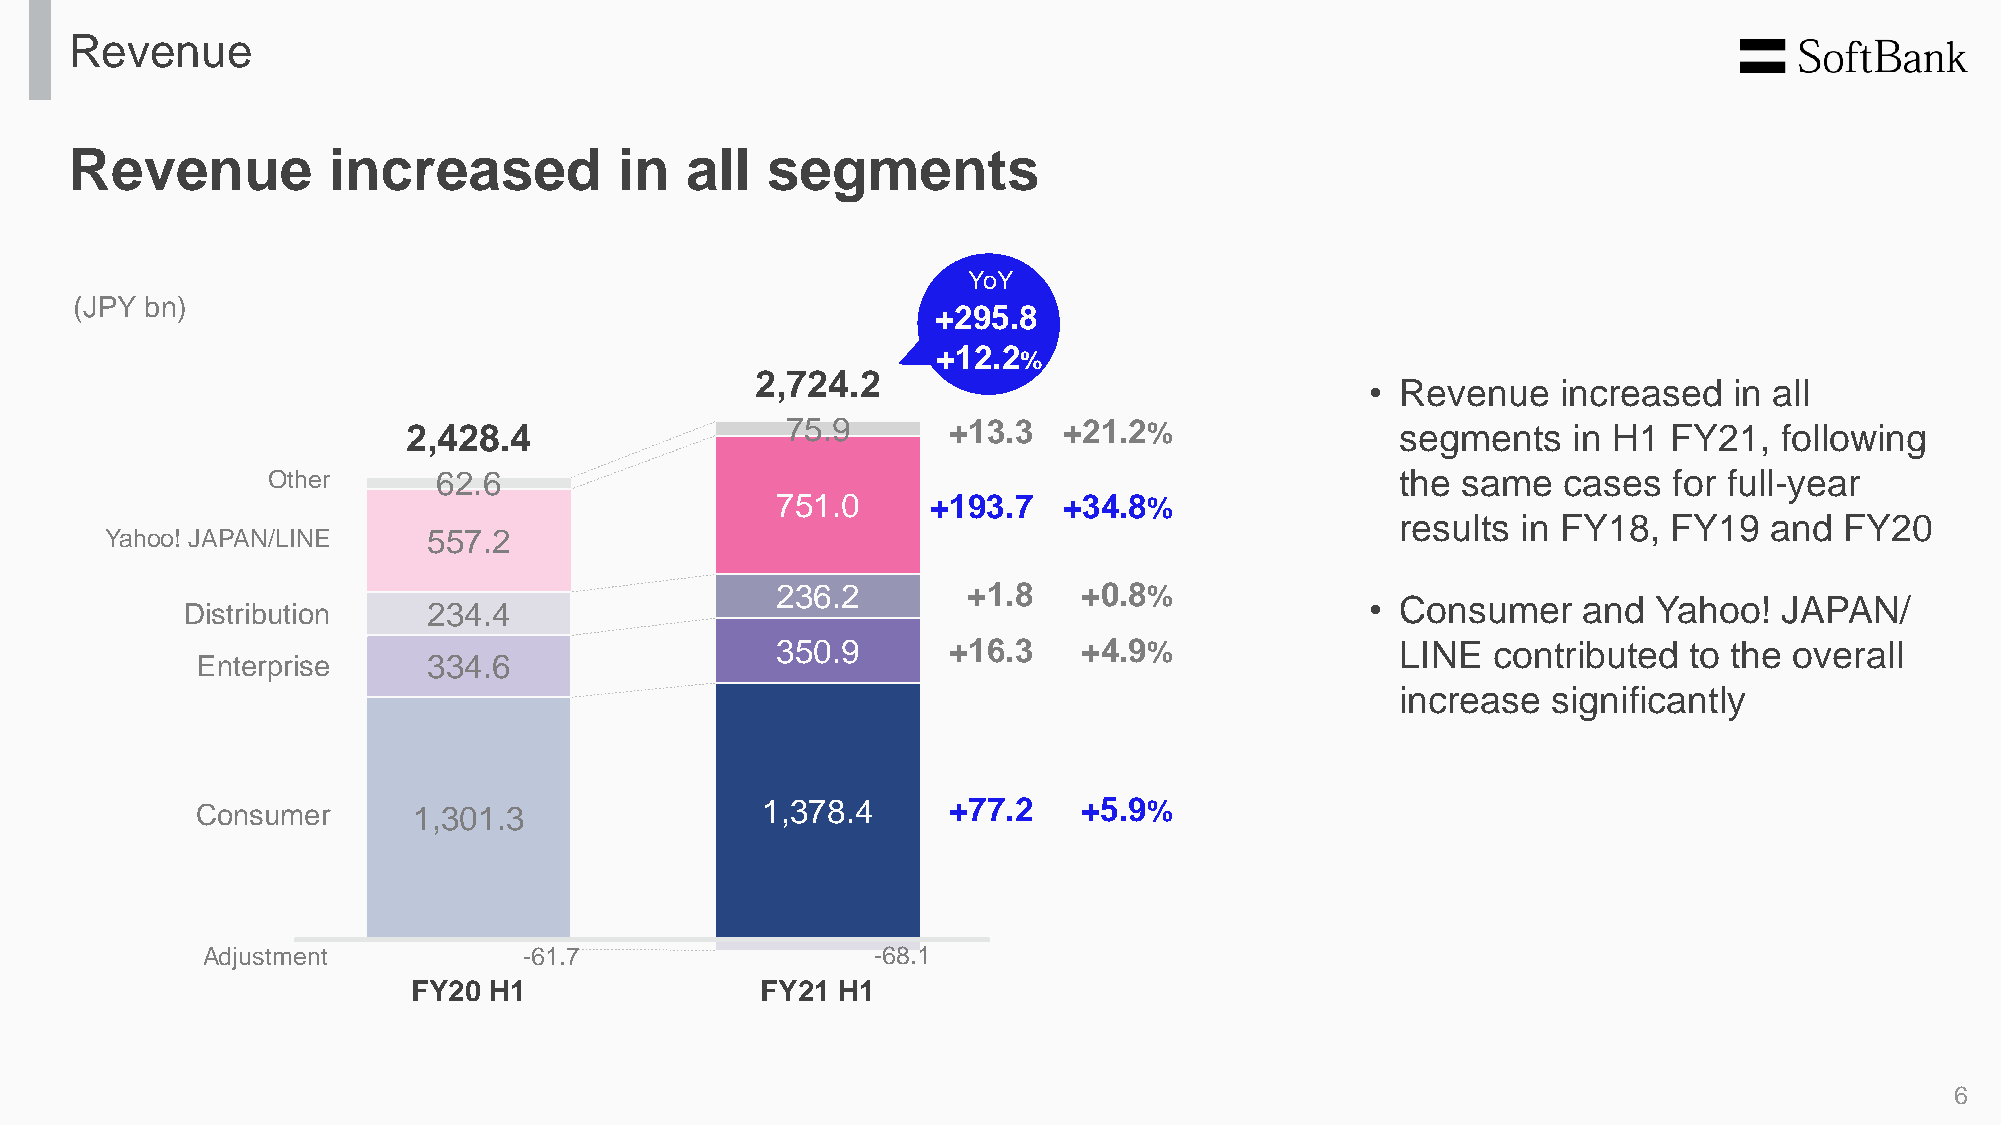
Revenue
 Revenue          increased          in  all   segments
 YoY
 (JPY bn)
 +295.8
 _
 +12.2
 %
 2,724.2
 • Revenue   increased   in all
 2,428.4                  75.9       +13.3  +21.2%                 segments   in H1  FY21,  following
 Other      62.6                                                            the same   cases  for full-year
 751.0      +193.7  +34.8%
 results in FY18,  FY19  and  FY20
 Yahoo! JAPAN/LINE    557.2
 236.2        +1.8    +0.8%
 Distribution    234.4                                                          • Consumer    and  Yahoo!  JAPAN/
 350.9       +16.3    +4.9%                LINE  contributed  to the overall
 Enterprise     334.6
 increase  significantly
 Consumer      1,301.3                1,378.4      +77.2    +5.9%
 Adjustment            -61.7                  -68.1
 FY20 H1                FY21 H1
 6